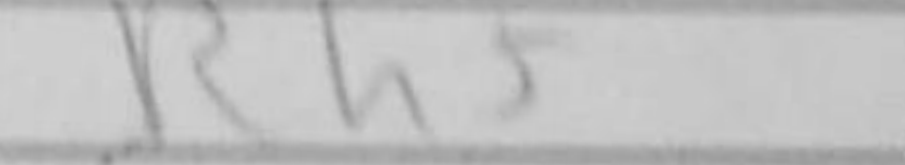
Transcription: Rh5